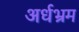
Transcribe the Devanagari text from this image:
अर्धभ्रम